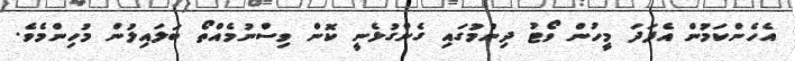
އެހެންކަމުން އެފަދަ މީހުން ވޯޓު ދިނުމުގައި ގެންގުޅެނީ ކޮން ވިސްނުމެއްތޯ ބަލައިލުން މުހިންމެވެ.